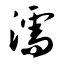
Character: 濡